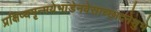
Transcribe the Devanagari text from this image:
प्रक्षिप्यमृन्मयेभांडेनवेसाच्छादनेशुभे